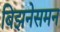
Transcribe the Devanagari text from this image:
बिझनेसमन